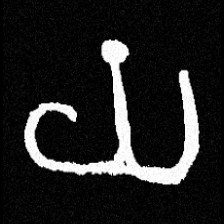
Pyu character \u2014 Myanmar letter: ယ (romanized: ya)